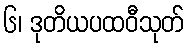
၆၊ ဒုတိယပထဝီသုတ်